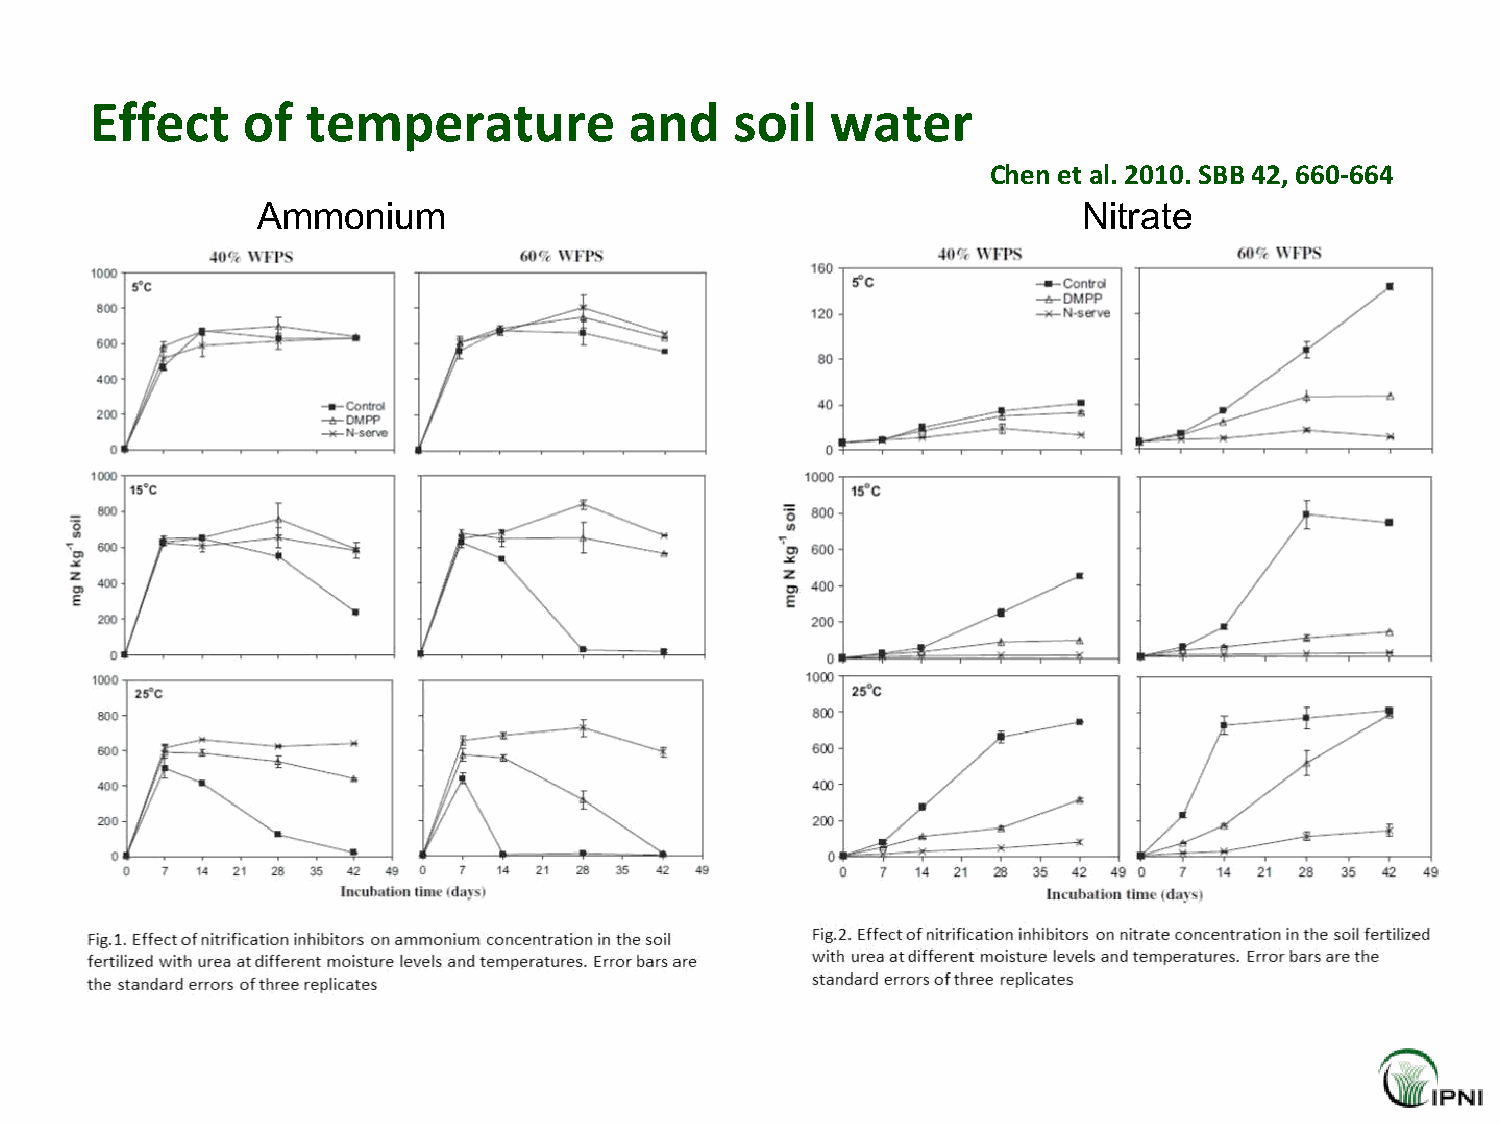
Effect    of  temperature           and    soil  water
 Chen et al. 2010. SBB 42, 660-664
 Ammonium                                               Nitrate